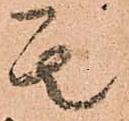
其